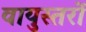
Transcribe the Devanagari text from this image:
वायुस्तरों